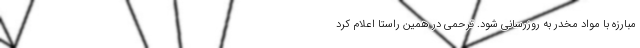
مبارزه با مواد مخدر به روزرسانی شود. ترحمی در همین راستا اعلام کرد